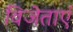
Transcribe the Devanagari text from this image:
विजेताएं